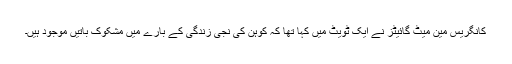
کانگریس مین میٹ گائیٹز نے ایک ٹویٹ میں کہا تھا کہ کوہن کی نجی زندگی کے بارے میں مشکوک باتیں موجود ہیں۔